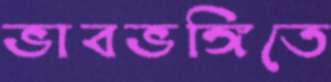
ভাবভঙ্গিতে